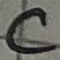
Text: C